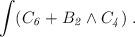
LaTeX: \begin{align*}\int ( C_{\it 6} + B_{\it 2} \wedge C_{\it 4} ) \ .\end{align*}